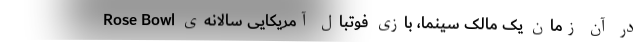
در آن زمان یک مالک سینما، بازی فوتبال آمریکایی سالانه‌ی Rose Bowl